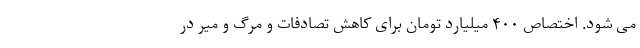
می شود. اختصاص ۴٠٠ میلیارد تومان برای کاهش تصادفات و مرگ و میر در